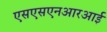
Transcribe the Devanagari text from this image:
एसएसएनआरआई